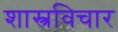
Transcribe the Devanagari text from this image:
शास्त्रविचार